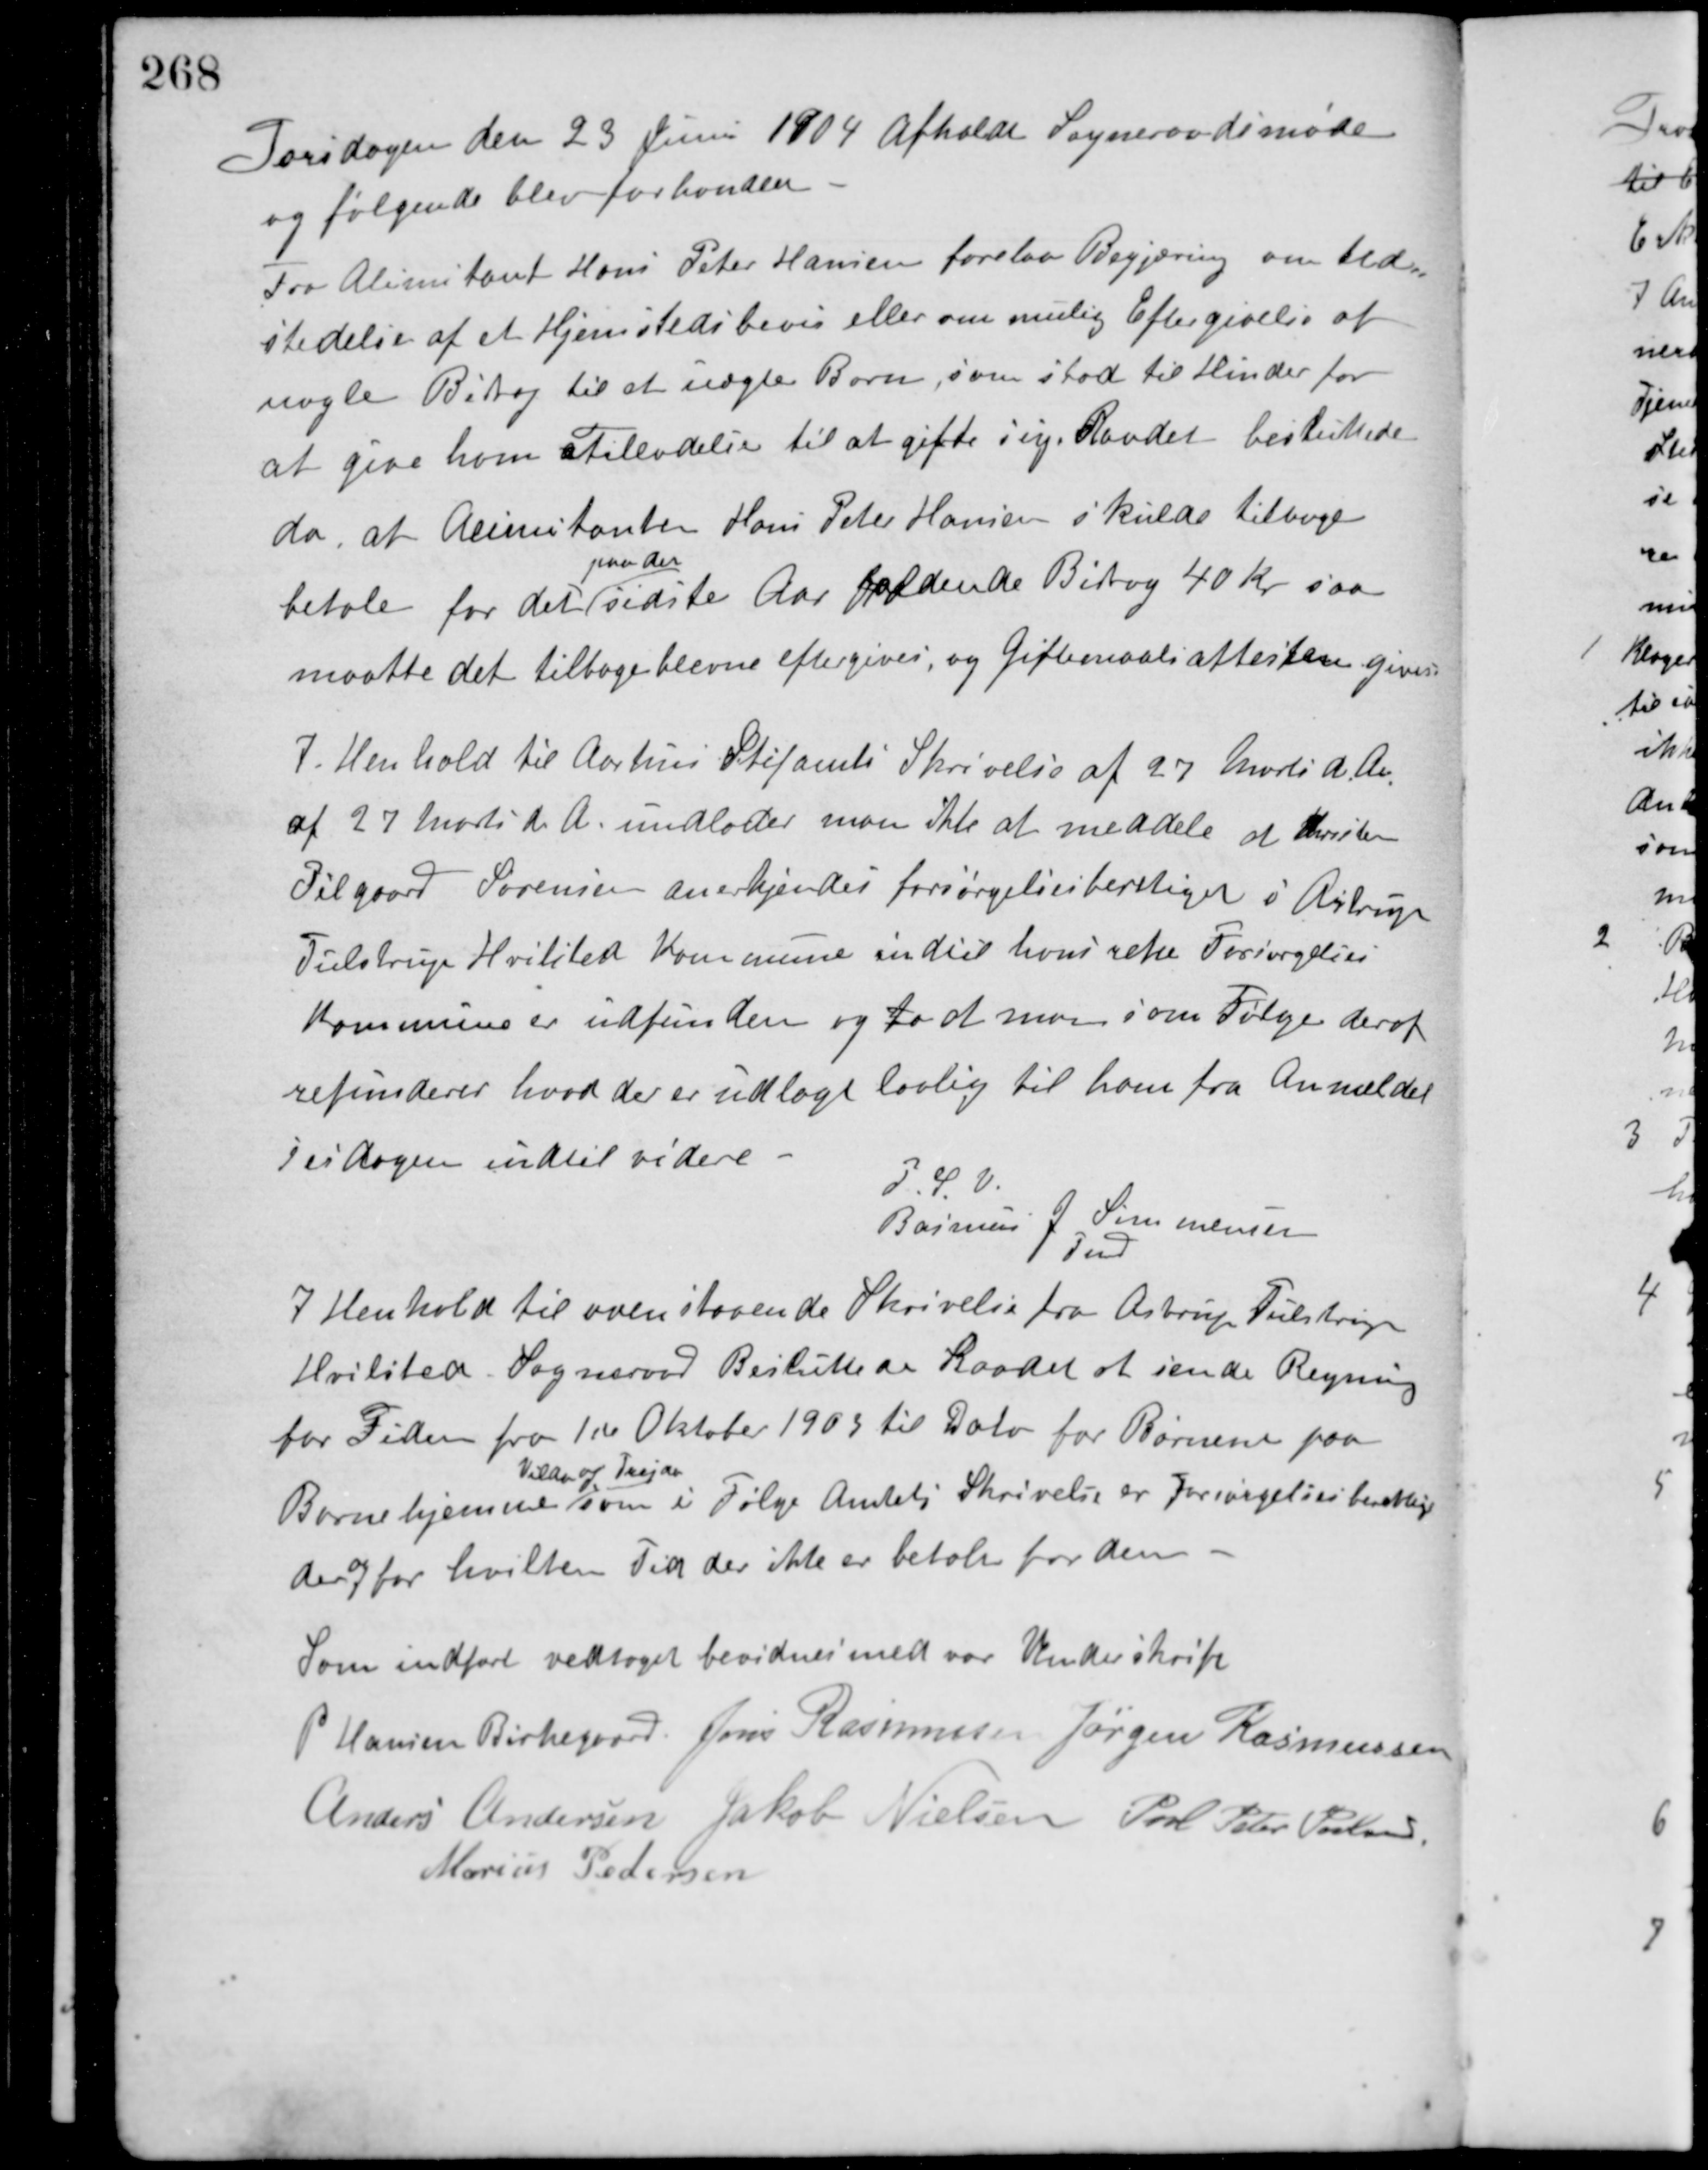
Transskription:
Torsdagen den 23 Juni 1904 afholdt Sogneraadsmøde
og følgende blev forhandlet.
Fra Alimitant Hans Peter Hansen forelaa Begjæring om Ud-
stedelse af et Hjemstedsbevis eller om mulig Eftergivelse af
nogle Bidrag til et uægte Barn, som stod til Hinder for
at give ham Tilladelse til at gifte sig. Raadet besluttede
da, at Alimitanten Hans Peter Hansen skulde tilbage-
betale for det
paa det
sidste Aar faldende Bidrag 40 Kr. saa
maatte det tilbageblevne eftergives, og Giftemaalsattesten gives.
I Henhold til Aarhus Stifamts Skrivelse af 27 Marts d. A.
af 27 Marts d. A. undlader man ikke at meddele at Christen
Pilgaard Sørensen anerkjendes forsørgelsesberetiget i Astrup
Tulstrup Hvilsted Kommune indtil hans rette Forsørgelses-
kommune er udfunden og fo at man som Følge deraf
refunderer hvad der er udlagt lovlig til ham fra Anmeldel-
sesdagen indtil videre.
P. S. V.
Rasmus J. Simmonsen
Fmd.
I Henhold til ovenstaaende Skrivelse fra Astrup Tulstrup
Hvilsted. Sogneraad Besluttede Raadet at sende Regning
for Tiden fra 1ste Oktober 1903 til Dato for Børnene paa
Børnehjemme
Vilads og Freja
som i Følge Amtets Skrivelse er forsørgelsesberettige
der og for hvilken Tid der ikke er betalt for dem.
Som indført vedtaget bevidnes med vor Underskrift
P. Hansen Birkegaard Jens Rasmussen Jørgen Rasmussen
Anders Andersen Jakob Nielsen Poul Peter Poulsen
Marius Pedersen